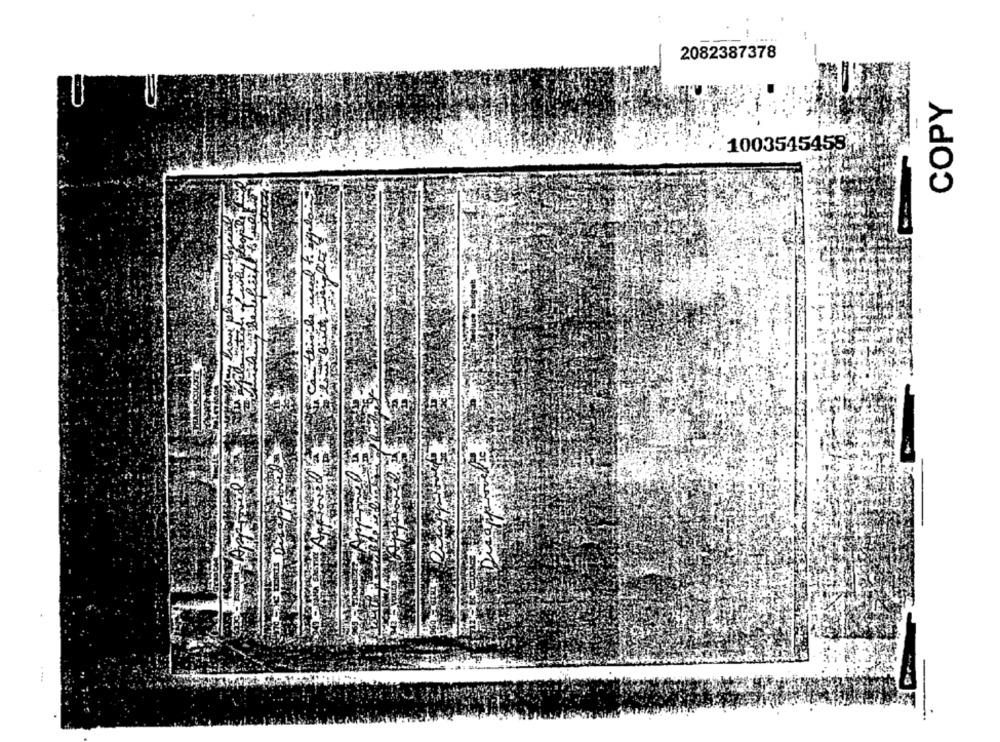
2082387378
COPY
1003545458;
thistle ieved
....